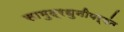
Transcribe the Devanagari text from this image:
सामुद्रधुनीपर्यंत